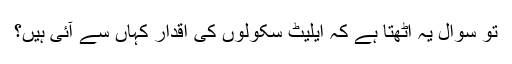
تو سوال یہ اٹھتا ہے کہ ایلیٹ سکولوں کی اقدار کہاں سے آئی ہیں؟